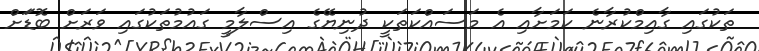
ތަކުގައި ގާއިމްކުރާނެ ކަމަށާއި އެ މަސައްކަތަކީ ދުނިޔޭގެ އިސްލާމީ ގައުމުތަކުގައި ވަރަށް ބޮޑަަށް